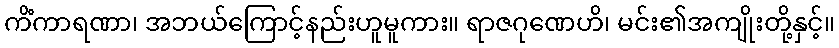
ကိံကာရဏာ၊ အဘယ်ကြောင့်နည်းဟူမူကား။ ရာဇဂုဏေဟိ၊ မင်း၏အကျိုးတို့နှင့်။